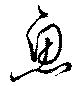
魚